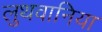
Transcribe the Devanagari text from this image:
लुथवानिया